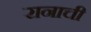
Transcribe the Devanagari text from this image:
रानाची